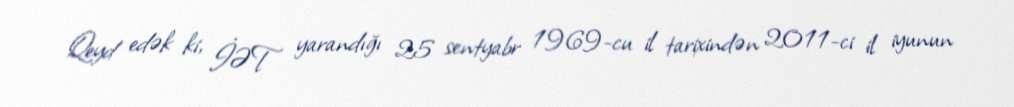
Qeyd edək ki, İƏT yarandığı 25 sentyabr 1969-cu il tarixindən 2011-ci il iyunun